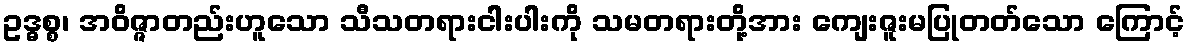
ဥဒ္ဓစ္စ၊ အဝိဇ္ဇာတည်းဟူသော သီသတရားငါးပါးကို သမတရားတို့အား ကျေးဇူးမပြုတတ်သော ကြောင့်